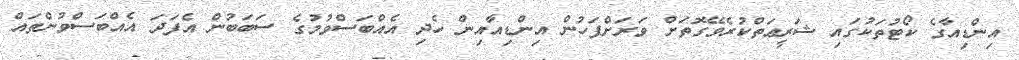
އިންޑިއާގެ ކޯޓުތަކުގައި ޝަރީޢަތްކުރެވޭގޮތަށް ވަރަށްފަހުން އިންޑިއާއިން ހެދި އެއްބަސްވުމުގެ ސަބަބުން އެފަދަ އެއްބަސްވުންތައް